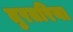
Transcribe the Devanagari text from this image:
तुरतरिया